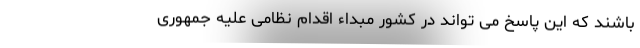
باشند که این پاسخ می تواند در کشور مبداء اقدام نظامی علیه جمهوری